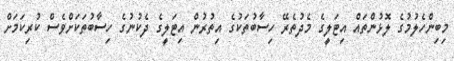
މިބިންހެލުމުގެ ލޮޅުންތައް އިޓަލީގެ މެދުތެރޭ ހިސާބުތަކުގެ އިތުރުން އިޓަލީގެ ދެކުނުގެ ހިސާބުތަކަށްވެސް ކުރިކަމަށް